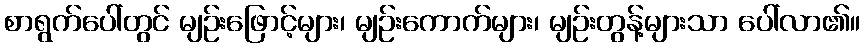
စာရွက်ပေါ်တွင် မျဉ်းဖြောင့်များ၊ မျဉ်းကောက်များ၊ မျဉ်းတွန့်များသာ ပေါ်လာ၏။